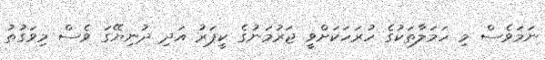
ނަމަވެސް މި ހަމަލާތަކުގެ ހުރަހަކަށްވީ ޖަރުމަނުގެ ކީޕަރު އަދި ދުނިޔޭގަ ވެސް މިވަގުތު